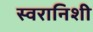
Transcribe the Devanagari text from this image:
स्वरानिशी